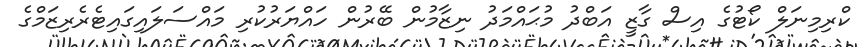
ކްރިމިނަލް ކޯޓުގެ އިސް ގާޒީ އަބްދު މުޙައްމަދު ނިޒާމުން ބޭރުން ހައްޔަރުކުރި މައްސަލައިގައިޓެރެރިޒަމްގެ